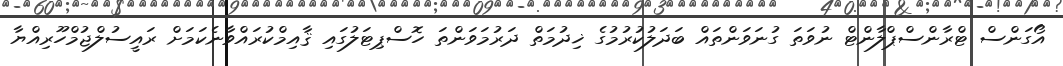
އޯގަންސް ޓްރާންސްޕްލާންޓް ނުވަތަ ގުނަވަންތައް ބަދަލުކުރުމުގެ ޚިދުމަތް ދަރުމަވަންތަ ހޮސްޕިޓަލުގައި ޤާއިމްކުރައްވާނެކަމަށް ރައީސުލްޖުމްހޫރިއްޔާ